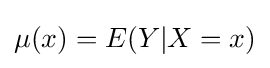
\mu (x)=E(Y|X=x)